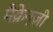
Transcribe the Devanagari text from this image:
मैक़ेन्ज़ी